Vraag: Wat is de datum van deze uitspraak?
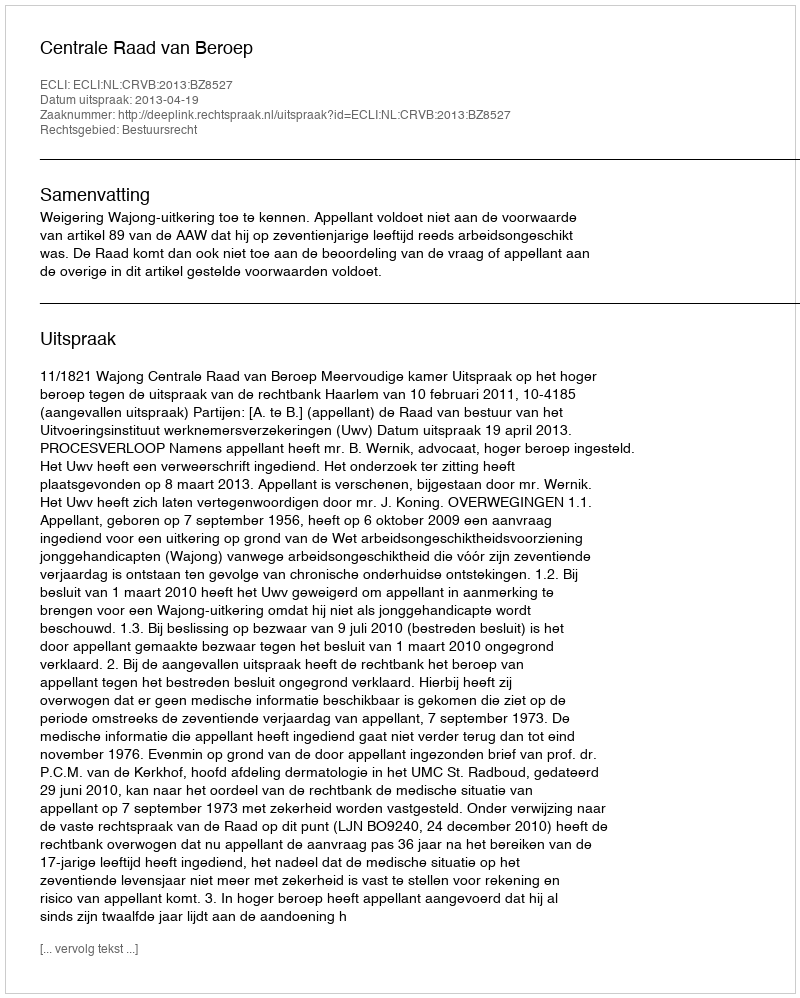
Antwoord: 2013-04-19